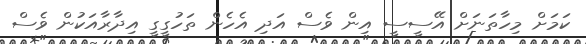
ކަމަށް މިހާތަނަށް އޭސީސީ އިން ވެސް އަދި އެހެން ތަހުގީގީ އިދާރާއަކުން ވެސް